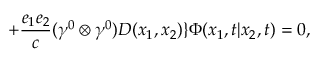
+ \frac { e _ { 1 } e _ { 2 } } { c } ( { \gamma } ^ { 0 } \otimes { \gamma } ^ { 0 } ) D ( x _ { 1 } , x _ { 2 } ) \} { \Phi } ( x _ { 1 } , t | x _ { 2 } , t ) = 0 ,